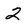
Character: 2